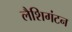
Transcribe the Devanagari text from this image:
लैशिगंटन